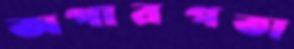
অপারগতা